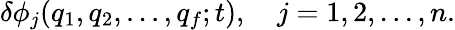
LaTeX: \delta\phi_{j}(q_{1},q_{2},...,q_{f};t),\quad j=1,2,...,n.